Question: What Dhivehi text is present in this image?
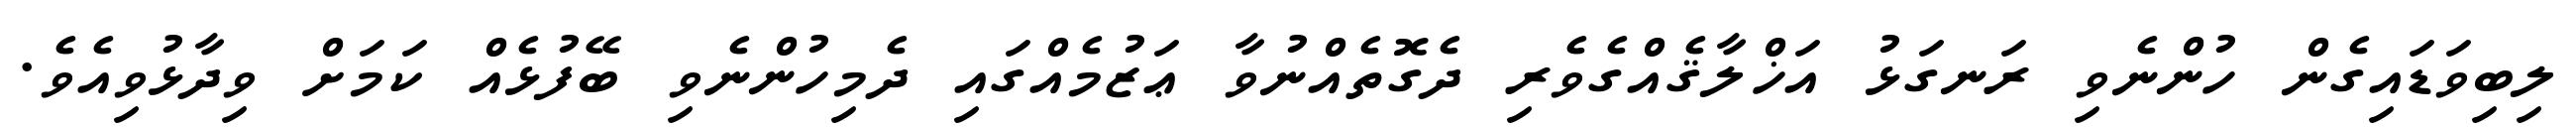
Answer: ލިބިވަޑައިގެން ހުންނެވި ރަނގަޅު އަޚްލާޤެއްގެވެރި ދެގޮތެއްނުވާ ޢަޒުމެއްގައި ދެމިހުންނެވި ބޭފުޅެއް ކަމަށް ވިދާޅުވިއެވެ.